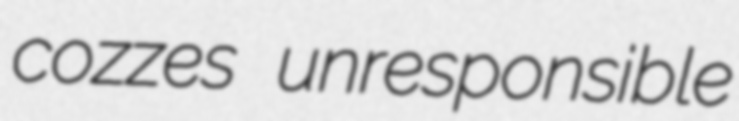
cozzes unresponsible